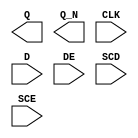
/**
 * Copyright 2020 The SkyWater PDK Authors
 *
 * Licensed under the Apache License, Version 2.0 (the "License");
 * you may not use this file except in compliance with the License.
 * You may obtain a copy of the License at
 *
 *     https://www.apache.org/licenses/LICENSE-2.0
 *
 * Unless required by applicable law or agreed to in writing, software
 * distributed under the License is distributed on an "AS IS" BASIS,
 * WITHOUT WARRANTIES OR CONDITIONS OF ANY KIND, either express or implied.
 * See the License for the specific language governing permissions and
 * limitations under the License.
 *
 * SPDX-License-Identifier: Apache-2.0
 */

`ifndef SKY130_FD_SC_HS__SEDFXBP_BLACKBOX_V
`define SKY130_FD_SC_HS__SEDFXBP_BLACKBOX_V

/**
 * sedfxbp: Scan delay flop, data enable, non-inverted clock,
 *          complementary outputs.
 *
 * Verilog stub definition (black box without power pins).
 *
 * WARNING: This file is autogenerated, do not modify directly!
 */

`timescale 1ns / 1ps
`default_nettype none

(* blackbox *)
module sky130_fd_sc_hs__sedfxbp (
    Q  ,
    Q_N,
    CLK,
    D  ,
    DE ,
    SCD,
    SCE
);

    output Q  ;
    output Q_N;
    input  CLK;
    input  D  ;
    input  DE ;
    input  SCD;
    input  SCE;

    // Voltage supply signals
    supply1 VPWR;
    supply0 VGND;

endmodule

`default_nettype wire
`endif  // SKY130_FD_SC_HS__SEDFXBP_BLACKBOX_V